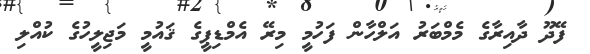
ފޭދޫ ދާއިރާގެ މެމްބަރު އަލްހާން ފަހުމީ މިރޭ އެމްޑިޕީގެ ޤައުމީ މަޖިލީހުގެ ކުއްލި